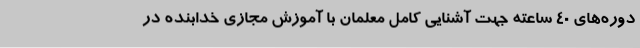
دوره‌های 40 ساعته جهت آشنایی کامل معلمان با آموزش مجازی خدابنده در